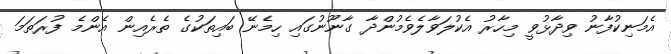
އެމަނިކުފާނު ވިދާޅުވީ މިހާރު އެކުލަވާލެވެމުންދާ ގާނޫނުގައި ހިމެނޭ ބައިތަކުގެ ތެރެއިން އެންމެ ފުރަތަމަ